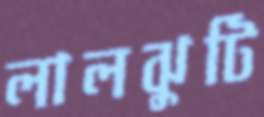
লালঝুটি